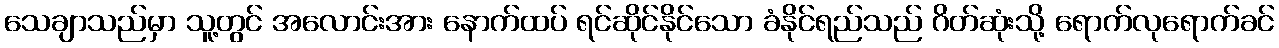
သေချာသည်မှာ သူ့တွင် အလောင်းအား နောက်ထပ် ရင်ဆိုင်နိုင်သော ခံနိုင်ရည်သည် ဂိတ်ဆုံးသို့ ရောက်လုရောက်ခင်